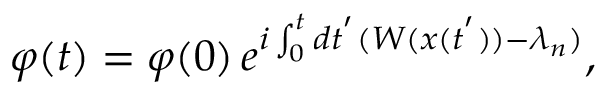
\varphi ( t ) = \varphi ( 0 ) \, e ^ { i \int _ { 0 } ^ { t } d t ^ { ' } ( W ( x ( t ^ { ' } ) ) - \lambda _ { n } ) } ,